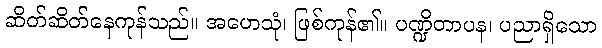
ဆိတ်ဆိတ်နေကုန်သည်။ အဟေသုံ၊ ဖြစ်ကုန်၏။ ပဏ္ဍိတာပန၊ ပညာရှိသော